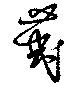
荑